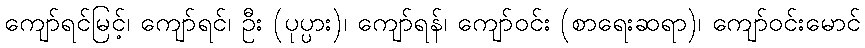
ကျော်ရင်မြင့်၊ ကျော်ရင်၊ ဦး (ပုပ္ပား)၊ ကျော်ရန်၊ ကျော်ဝင်း (စာရေးဆရာ)၊ ကျော်ဝင်းမောင်